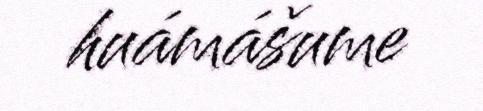
huámášume